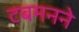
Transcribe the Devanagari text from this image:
टबमनने